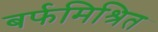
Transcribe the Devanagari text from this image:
बर्फमिश्रित